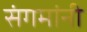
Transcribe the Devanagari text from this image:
संगमांनी